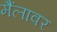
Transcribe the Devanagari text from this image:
मैंलावर